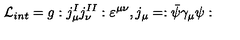
{ \cal L } _ { i n t } = g : j _ { \mu } ^ { I } j _ { \nu } ^ { I I } : \varepsilon ^ { \mu \nu } , j _ { \mu } = : \bar { \psi } \gamma _ { \mu } \psi :